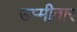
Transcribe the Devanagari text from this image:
उम्मीवार